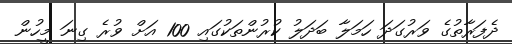
ދެފަރާތުގެ ވަރުގަދަ ހަމަލާ ބަދަލު ކުރުންތަކުގައި 100 އަށް ވުރެ ގިނަ މީހުން